Civil Veterinary Dept. Bombay admin report 1907-1913 - 1907-1913
Year: 1907
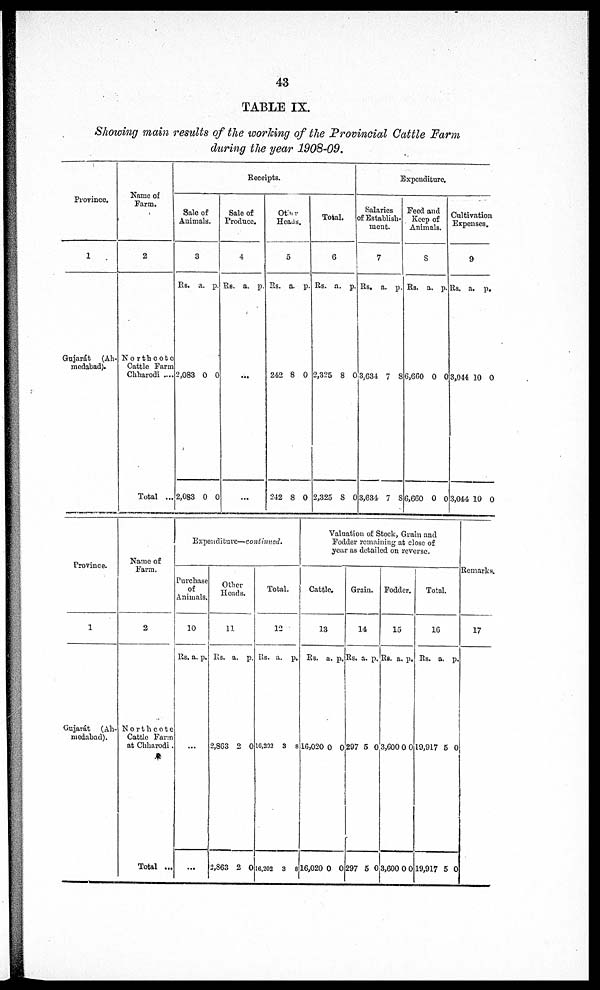
43
TABLE IX.
Showing main results of the working of the Provincial Cattle Farm
during the year 1908-09.
Province.
1
Gujarat (Ah-
medabad).
Name of
Farm.
2
Northcote
Cattle Farm
Chharodi ....
Total ...
Receipts.
Sale of
Animals.
3
Rs.
2,083
2,083
a. p
0
0
.
0
0
Sale of
Produce.
4
Rs. a. p.
...
...
Other
Heads.
5
Rs.
242
242
a.
8
8
p.
0
0
Total.
6
Rs.
2,325
2,325
a.
8
8
p.
0
0
Expenditure.
Salaries
of Estabish
ment.
7
Rs.
3,634
3,634
a.
7
7
p.
8
8
Feed and
Keep of
Animals.
8
Rs.
6,660
6,660
a.
0
0
p.
0
0
Cultivation
Expenses.
9
Rs.
3,044
3,044
a.
10
10
p.
0
0
Province.
1
Gujarát (Ah-
medabad).
Name of
Farm.
2
Northcote
Cattle Farm
at Chharodi.
Total ...
Expenditure—continued.
Purchase
of
Animals.
10
Rs. a. p.
...
...
Other
Heads.
11
Rs.
2,863
2,863
a.
2
2
p.
0
0
Total.
12
Rs.
16,202
16,202
a.
3
3
p.
8
8
Valuation of Stock, Grains and
Fodder remaining at close of
year as detailed on reverse.
Cattle.
13
Rs.
10,020
16,020
a.
0
0
p.
0
0
Grain.
1
4
Rs.
297
297
a.
5
5
p.
0
0
Fodder.
15
Rs.
3,000
3,600
a.
0
0
p.
0
0
Total.
16
Rs.
19,917
19,917
a.
5
5
p.
0
0
Remarks.
17